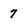
Character: 7